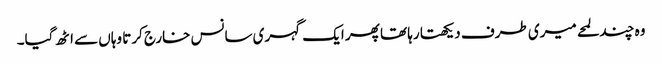
وہ چند لمحے میری طرف دیکھتا رہا تھا پھر ایک گہری سانس خارج کرتا وہاں سے اٹھ گیا۔